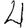
Digit: 4